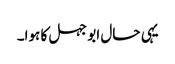
یہی حال ابو جہل کا ہوا۔